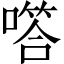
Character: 㗳